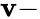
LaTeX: \mathbf{v}-